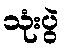
သုံးပွဲ